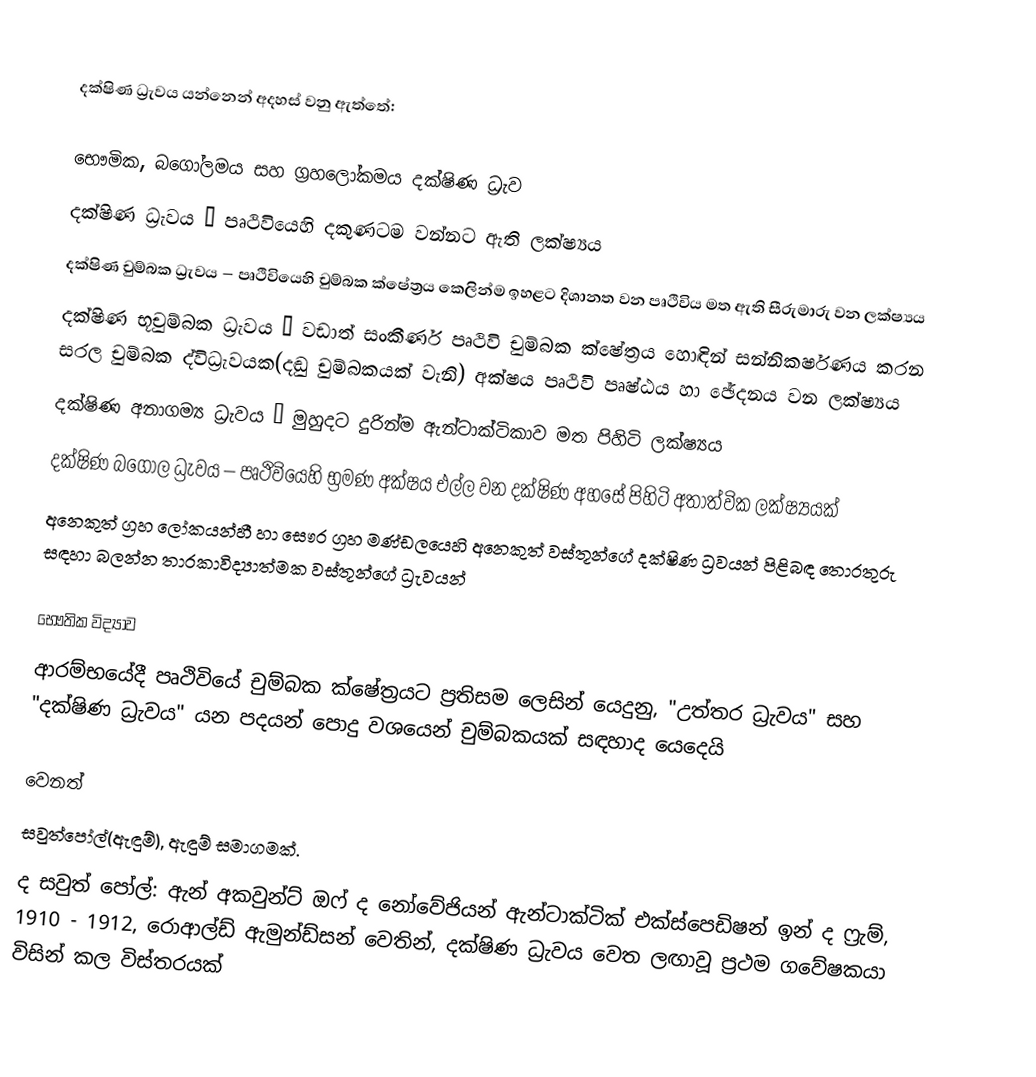

දක්ෂිණ ධ්‍රැවය යන්නෙන් අදහස් වනු ඇත්තේ:

භෞමික, බගෝලමය සහ ග්‍රහලෝකමය දක්ෂිණ ධ්‍රැව
දක්ෂිණ ධ්‍රැවය – පෘථිවියෙහි දකුණටම වන්නට ඇති ලක්ෂ්‍යය
දක්ෂිණ චුම්බක ධ්‍රැවය – පෘථිවියෙහි චුම්බක ක්ෂේත්‍රය කෙලින්ම ඉහළට දිශානත වන පෘථිවිය මත ඇති සීරුමාරු වන ලක්ෂ්‍යය
දක්ෂිණ භූචුම්බක ධ්‍රැවය  – වඩාත් සංකීර්ණ පෘථිවි චුම්බක ක්ෂේත්‍රය හොඳින් සන්නිකර්ෂණය කරන සරල  චුම්බක ද්විධ්‍රැවයක(දඬු චුම්බකයක් වැනි) අක්ෂය පෘථිවි පෘෂ්ඨය හා ඡේදනය වන ලක්ෂ්‍යය
දක්ෂිණ අනාගම්‍ය ධ්‍රැවය – මුහුදට දුරින්ම ඇන්ටාක්ටිකාව මත පිහිටි ලක්ෂ්‍යය
දක්ෂිණ බගෝල ධ්‍රැවය – පෘථිවියෙහි භ්‍රමණ අක්ෂය එල්ල වන දක්ෂිණ අහසේ පිහිටි අතාත්වික ලක්ෂ්‍යයක්
අනෙකුත් ග්‍රහ ලෝකයන්හී හා සෞර ග්‍රහ මණ්ඩලයෙහි අනෙකුත් වස්තූන්ගේ දක්ෂිණ ධ්‍රවයන් පිළිබඳ තොරතුරු සඳහා බලන්න තාරකාවිද්‍යාත්මක වස්තූන්ගේ ධ්‍රැවයන්

භෞතික විද්‍යාව
 ආරම්භයේදී පෘථිවියේ චුම්බක ක්ෂේත්‍ර‍යට ප්‍රතිසම ලෙසින් යෙදුනු,  "උත්තර ධ්‍රැවය" සහ "දක්ෂිණ ධ්‍රැවය" යන පදයන් පොදු වශයෙන් චුම්බකයක් සඳහාද යෙදෙයි

වෙනත්
 සවුත්පෝල්(ඇඳුම්), ඇඳුම් සමාගමක්.
ද සවුත් පෝල්: ඇන් අකවුන්ට් ඔෆ් ද නෝවේජියන් ඇන්ටාක්ටික් එක්ස්පෙඩිෂන් ඉන් ද ‍ෆ්‍රැම්, 1910 - 1912, රොආල්ඩ් ඇමුන්ඩ්සන් වෙතින්, දක්ෂිණ ධ්‍රැවය වෙත ලඟාවූ ප්‍රථම ගවේෂකයා විසින් කල විස්තරයක්